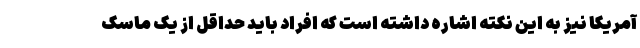
آمریکا نیز به این نکته اشاره داشته است که افراد باید حداقل از یک ماسک